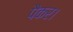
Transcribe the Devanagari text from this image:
पैकर।